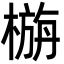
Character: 㮵